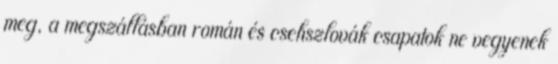
meg, a megszállásban román és csehszlovák csapatok ne vegyenek